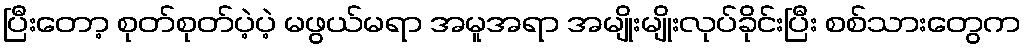
ပြီးတော့ စုတ်စုတ်ပဲ့ပဲ့ မဖွယ်မရာ အမူအရာ အမျိုးမျိုးလုပ်ခိုင်းပြီး စစ်သားတွေက